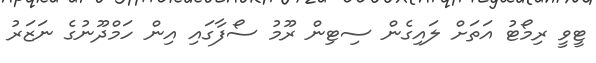
ޓީވީ ރިމޯޓު އަތަށް ލައިގެން ސިޓިން ރޫމު ސޯފާގައި އިން ހަމްދޫނުގެ ނަޒަރު